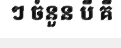
ៗ ចំនួន បី គឺ